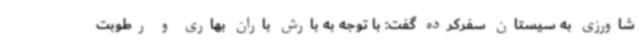
شاورزی به سیستان سفرکرده گفت: با توجه به بارش باران بهاری و رطوبت